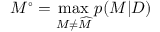
M ^ { \circ } = \operatorname* { m a x } _ { M \neq \widehat { M } } p ( M | D )